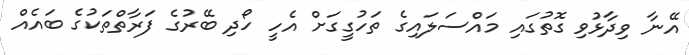
އޭނާ ވިދާޅުވި ގޮތުގައި މައްސަލައިގެ ތަހުގީގަށް އެހީ ހޯދި ބޭރުގެ ފަރާތްތަކުގެ ބައެއް